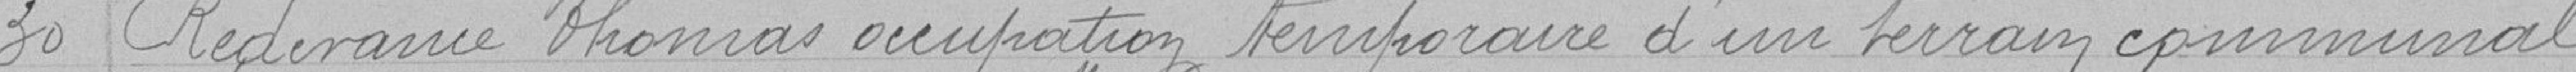
30 - Redevance Thomas, occupation temporaire d'un terrain communal